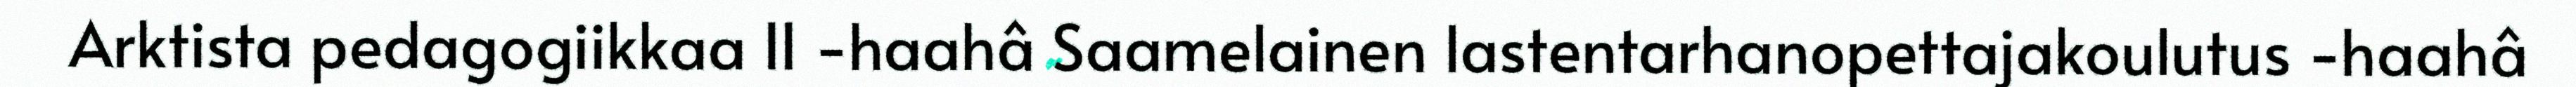
Arktista pedagogiikkaa II -haahâ Saamelainen lastentarhanopettajakoulutus -haahâ